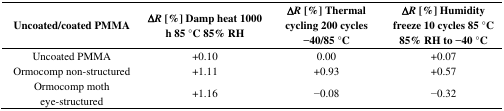
<table><thead><tr><td><b>Uncoated/coated PMMA</b></td><td><b>Δ<i>R</i> [%] Damp heat 1000 h 85 °C 85% RH</b></td><td><b>Δ<i>R</i> [%] Thermal cycling 200 cycles −40/85 °C</b></td><td><b>Δ<i>R</i> [%] Humidity freeze 10 cycles 85 °C 85% RH to −40 °C</b></td></tr></thead><tbody><tr><td>Uncoated PMMA</td><td>+0.10</td><td>0.00</td><td>+0.07</td></tr><tr><td>Ormocomp non-structured</td><td>+1.11</td><td>+0.93</td><td>+0.57</td></tr><tr><td>Ormocomp moth eye-structured</td><td>+1.16</td><td>−0.08</td><td>−0.32</td></tr></tbody></table>